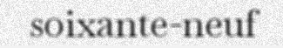
soixante-neuf